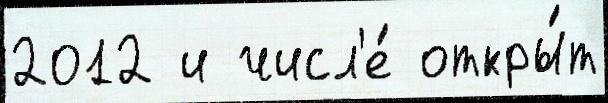
2012 и числ'е́ откры́т